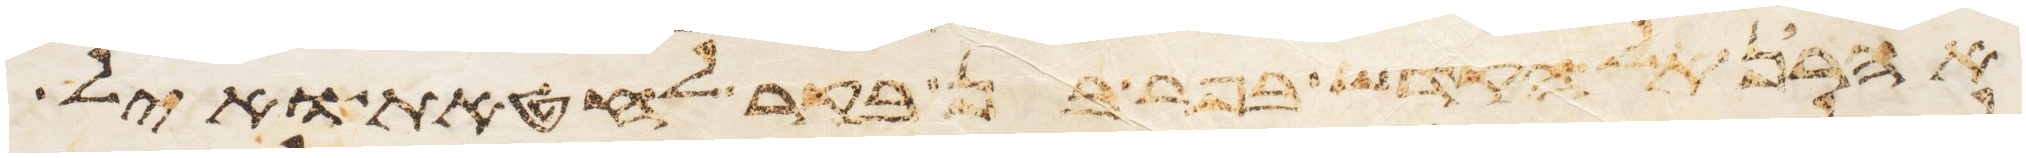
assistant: אהרן אל הקדש בפר בן בקר לחטאת ואיל